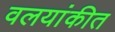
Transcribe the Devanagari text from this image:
वलयांकीत